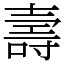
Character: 壽